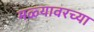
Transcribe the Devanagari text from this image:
मळ्यावरच्या